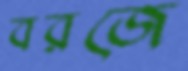
বরজে